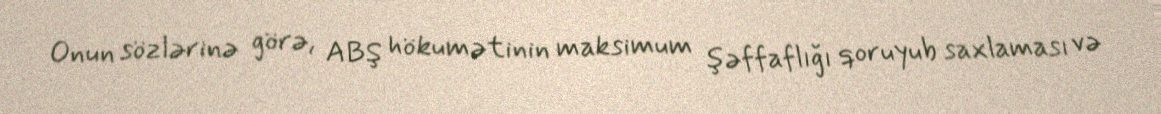
Onun sözlərinə görə, ABŞ hökumətinin maksimum şəffaflığı qoruyub saxlaması və